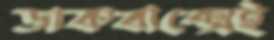
ডাকবাক্সেই